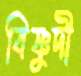
বিষ্ণুদী